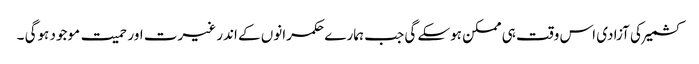
کشمیر کی آزادی اس وقت ہی ممکن ہوسکے گی جب ہمارے حکمرانوں کے اندر غیرت اور حمیت موجود ہوگی ۔